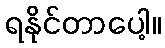
ရနိုင်တာပေါ့။